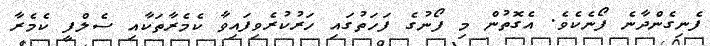
ފެނިގެންދާނެ ފޯނެކެވެ. އެގޮތުން މި ފޯނުގެ ފަހަތުގައި ހަރުކުރެވިފައިވާ ކެމެރާތަކާއި ސެލްފީ ކެމެރާ